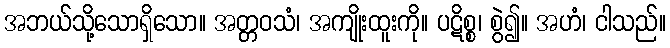
အဘယ်သို့သောရှိသော။ အတ္တဝသံ၊ အကျိုးထူးကို။ ပဋိစ္စ၊ စွဲ၍။ အဟံ၊ ငါသည်။